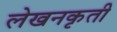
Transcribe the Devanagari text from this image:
लेखनकृती